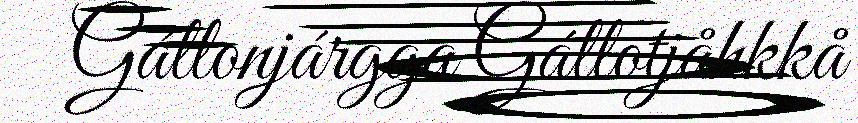
Gállonjárgga Gállotjåhkkå